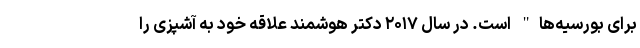
برای بورسیه‌ها" است. در سال ۲۰۱۷ دکتر هوشمند علاقه خود به آشپزی را